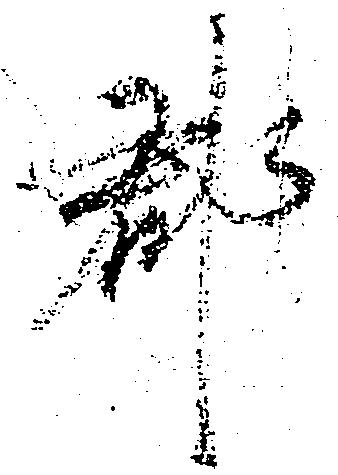
郡